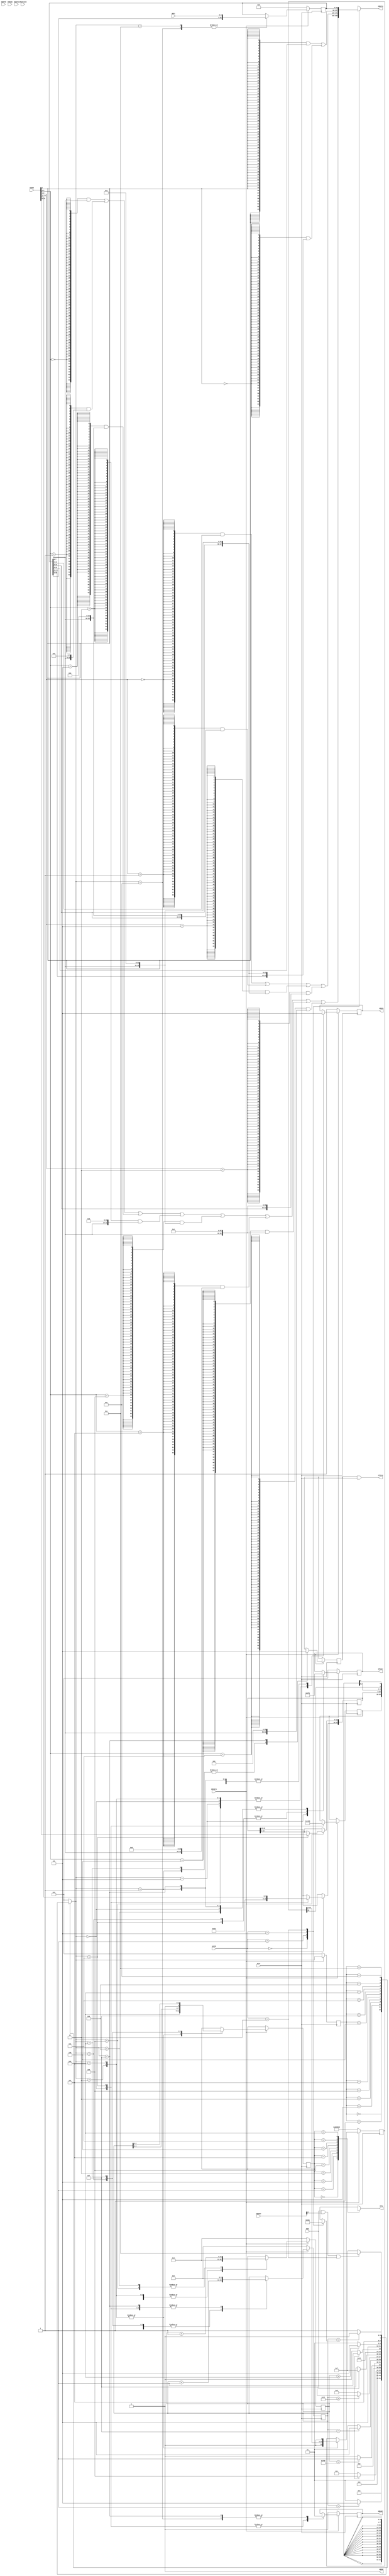
`define SPIio 4'b0010   //@SPI Mode, SIO[3:2]in Read mode, SIO[1] is SO, sio[0] is si
`define QPIo 4'b1111
`define QPIi 4'b0000

`define QPICMD_EXIT     8'hff	//This Command set is for WINBOND device ONLY
`define QPICMD_FASRD    8'h0B
`define QPICMD_WRPRD    8'h0C
`define QPICMD_SETRD    8'hC0


`define SPICMD_RSTEN    8'h66
`define SPICMD_DORST    8'h99
`define SPICMD_GOQPI    8'h38

`define DUMMY_2CK   2'b00
`define DUMMY_4CK   2'b01
`define DUMMY_6CK   2'b10
`define DUMMY_8CK   2'b11

`define WRAP_8B     2'b00
`define WRAP_16B    2'b01
`define WRAP_32B    2'b10
`define WRAP_64B    2'b11

`define RD_SETWORD {2'b00,`DUMMY_8CK,2'b00,`WRAP_64B}
`define SPI_SETSEQ {`SPICMD_RSTEN,`SPICMD_DORST,`SPICMD_GOQPI}
//ATTENTION: FPGA NEEDS TO ENABLE THE PULL UP RESISTORS OF ALL QPI IOs
//This version only support 8/16/32/64bit QPI fetch. Erase and write ignored
module AHB_XIP
(
    // --------------------------
    // Input pins: AHB signals //
    // --------------------------
    // Select
    input HSEL,
    // Address and control
    input [35:0] HADDR,
    input HWRITE,
    input [1:0] HTRANS,
    input [2:0] HSIZE,
    input [2:0] HBURST,
    // Data in
    input [63:0] HWDATA,
    // Reset and clock
    input HRESETn,
    input HCLK,
    input HMASTLOCK,
    // --------------
    // Output pins //
    // --------------
    // Transfer responses
    output reg HREADY,
    output HRESP,
    // Data out
    output reg [63:0] HRDATA,

    //SPI/QPI Flash Port 
    output [3:0]XPIo,
    input [3:0]XPIi,
    output reg[3:0]XPIdir,
    output reg XPICS,
    output XPICLK

);

parameter cycRdWait = 8; //set read Dummy to maximum to achieve fast read
parameter cycRSTWait = 1800; //W25Q128 takes 30us to rst


parameter PWUP = 4'h0 ;
parameter QPIEXIT = 4'h1;
parameter GAP1 = 4'h2;
parameter DEVRST = 4'h3;
parameter RSTWAIT = 4'h4;
parameter SPIINIT = 4'h5;
parameter QPIINIT = 4'h6;
parameter RPREP = 4'h7;
parameter RWCMD = 4'h8;
parameter RWAIT = 4'h9;
parameter RREAD = 4'hA;
parameter RDATAO= 4'hB;
parameter IDLE = 4'hf;
integer i;



reg [23:0]adrlatch;//

reg [63:0]rdbuffer;//
//reg [63:0]rddemux;////

reg [3:0]next_state;
reg [3:0]fsm_state;
reg [10:0]delay_cnt;
reg [9:0]seq_cnt;
reg [7:0]cmdreg;//

reg mclk_oe;//MCLK
assign XPICLK=(mclk_oe&HCLK);//

wire burst_en;
assign burst_en=HSEL&HBURST[0]&(HSIZE==3'b011);//burstINCR64b

reg [4:0]domux;// MDATo 
assign XPIo=domux;
reg [3:0]dosel;//

reg [24:0]SPISR;//SPI 
always@(*)//
begin
  casex(dosel)
  4'h0:domux=cmdreg[7:4];//QPI1b+
  4'h1:domux=cmdreg[3:0];
  4'h2:domux=adrlatch[23:20];
  4'h3:domux=adrlatch[19:16];
  4'h4:domux=adrlatch[15:12];
  4'h5:domux=adrlatch[11:8];
  4'h6:domux=adrlatch[7:4];
  4'h7:domux=adrlatch[3:0];//
  4'h8:domux={2'bxx,SPISR[23],1'bx};//SPI
  default:domux=4'hx;
  endcase
end

reg [3:0]rdlen;

always @(*)
begin
    casex(HSIZE)
    3'h0:
    begin
      HRDATA=(
      ({64{HADDR[2:0]==3'h0}}&{56'h0,rdbuffer[7:0]})|
      ({64{HADDR[2:0]==3'h1}}&{52'h0,rdbuffer[7:0],8'h0})|
      ({64{HADDR[2:0]==3'h2}}&{48'h0,rdbuffer[7:0],16'h0})|
      ({64{HADDR[2:0]==3'h3}}&{32'h0,rdbuffer[7:0],24'h0})|
      ({64{HADDR[2:0]==3'h4}}&{24'h0,rdbuffer[7:0],32'h0})|
      ({64{HADDR[2:0]==3'h5}}&{16'h0,rdbuffer[7:0],36'h0})|
      ({64{HADDR[2:0]==3'h6}}&{8'h0,rdbuffer[7:0],48'h0})|
      ({64{HADDR[2:0]==3'h7}}&{rdbuffer[7:0],56'h0}));
      rdlen=1-1;
    end
    3'h1:
    begin
      HRDATA=(
      ({64{HADDR[2:1]==3'h0}}&{48'h0,rdbuffer[15:0]})|
      ({64{HADDR[2:1]==3'h1}}&{32'h0,rdbuffer[15:0],16'h0})|
      ({64{HADDR[2:1]==3'h2}}&{16'h0,rdbuffer[15:0],32'h0})|
      ({64{HADDR[2:1]==3'h3}}&{rdbuffer[15:0],48'h0}));
      rdlen=3-1;
    end
    3'h2:
    begin
      HRDATA=(
      ({64{ HADDR[2]}}&{32'h0,rdbuffer[31:0]})|
      ({64{~HADDR[2]}}&{rdbuffer[31:0],32'h0}));
      rdlen=7-1;
    end
    3'h3:
    begin
      HRDATA=rdbuffer;
      rdlen=15-1;
    end
    default:
    begin
      HRDATA=64'hxxxxxxxxxxxxxxxx;
      rdlen<=4'hx;
    end
    endcase  
     
end

//Data TRx FSM
always@(posedge HCLK)
begin
  if(!HRESETn)
  begin
    fsm_state<=PWUP;
  end
  else
  begin
    fsm_state<=next_state;
  end
end 

always@(*)
begin
  case (fsm_state)
    PWUP:next_state=QPIEXIT;  //
    QPIEXIT:next_state=(seq_cnt==1)?(GAP1):(QPIEXIT);//HiZQPIQPI
    GAP1:next_state=DEVRST; //
    DEVRST:next_state=(seq_cnt==10'd15)?(RSTWAIT):(DEVRST); //SPI
    RSTWAIT:next_state=(delay_cnt==cycRSTWait)?SPIINIT:RSTWAIT;//
    SPIINIT:next_state=(seq_cnt==10'd15)?QPIINIT:SPIINIT;//SPI
    QPIINIT:next_state=(seq_cnt>=10'd19)?IDLE:QPIINIT;  //QPI
    IDLE:next_state=(!HSEL)?IDLE:RPREP;
    RPREP:next_state=RWCMD; //AHBQPI
    RWCMD:next_state=(seq_cnt==10'hf)?(RWAIT):(RWCMD);//
    RWAIT:next_state=(delay_cnt>=cycRdWait)?RREAD:RWAIT;//
    RREAD:next_state=(seq_cnt==rdlen)?RREAD:RDATAO;//buffer
    RDATAO:next_state=(burst_en)?RREAD:RPREP;//bufferAHB
    default: next_state=PWUP;
  endcase
end
always @ (posedge HCLK)
begin
  if(!HRESETn)
  begin
    rdbuffer<=0;
    HREADY<=0;
    delay_cnt<=0;
    seq_cnt<=0;
    XPIdir<=`QPIi;
    XPICS<=1'b1;
    SPISR<=`SPI_SETSEQ;
  end
  else
  begin
    case (next_state)
      PWUP:
      begin
        HREADY<=1'b0;
        XPIdir<=`QPIi;
        seq_cnt<=0;
        XPICS<=1'b1;
        cmdreg<=`QPICMD_SETRD;
        adrlatch[23:16]<=`RD_SETWORD;
      end
      QPIEXIT:
      begin
          XPIdir<=`QPIi;
          XPICS<=1'b0;
          mclk_oe<=1'b1;
          seq_cnt<=seq_cnt+1;
      end
      GAP1:
      begin
          XPICS<=1'b1;
          XPIdir<=`SPIio;
          seq_cnt<=0;
      end
      DEVRST:
      begin
          XPICS<=1'b1;
          dosel<=4'h8;
          seq_cnt<=seq_cnt+1;
          delay_cnt<=0;
          SPISR<={SPISR[22:0],1'b0};
      end
      RSTWAIT:
      begin
          XPICS<=1'b1;
          delay_cnt<=delay_cnt+1;
      end
      SPIINIT:
      begin
          XPICS<=1'b1;
          dosel<=4'h8;
          seq_cnt<=seq_cnt+1;
          delay_cnt<=0;
          SPISR<={SPISR[22:0],1'b0};
      end
      QPIINIT:
      begin
          XPIdir<=`QPIo;
          dosel<=seq_cnt[3:0];
          seq_cnt<=seq_cnt+1;
      end
      RPREP:
      begin
        HREADY<=1'b0;
        cmdreg<=`QPICMD_FASRD;
        adrlatch<=HADDR[23:0];
        seq_cnt<=1'b0;
        delay_cnt<=1'b0;
        XPICS<=1'b0;
        XPIdir<=`QPIo;
      end
      RWCMD:
      begin
        seq_cnt<=seq_cnt+1;
        dosel<=seq_cnt[2:0];
        mclk_oe<=1'b1;
      end
      RWAIT:
      begin
        XPIdir<=`QPIi;
        seq_cnt<=0;
        delay_cnt<=delay_cnt+1;
      end
      RREAD:
      begin
        rdbuffer<={rdbuffer[59:0],XPIi};
        seq_cnt<=seq_cnt+1;
      end
      RDATAO:
      begin
        rdbuffer<={rdbuffer[59:0],XPIi};
        HREADY<=1'b1; 
      end
      IDLE:
      begin
        HREADY<=1'b1;
        XPIdir<=`QPIi;
        mclk_oe<=1'b0;
        seq_cnt<=1'b0;
        XPICS<=1'b0;
      end      
    endcase
  end
end 
assign HRESP=1'b0;
endmodule